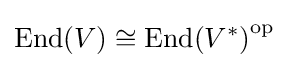
{\text{End}}(V)\cong {{\text{End}}(V^{*})}^{\text{op}}